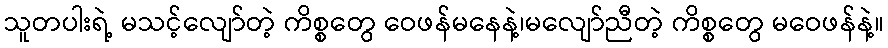
သူတပါးရဲ့ မသင့်လျော်တဲ့ ကိစ္စတွေ ဝေဖန်မနေနဲ့၊မလျော်ညီတဲ့ ကိစ္စတွေ မဝေဖန်နဲ့။